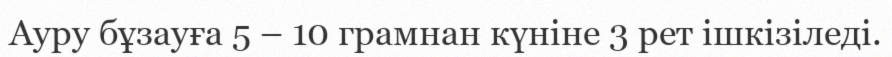
Ауру бұзауға 5 – 10 грамнан күніне 3 рет ішкізіледі.